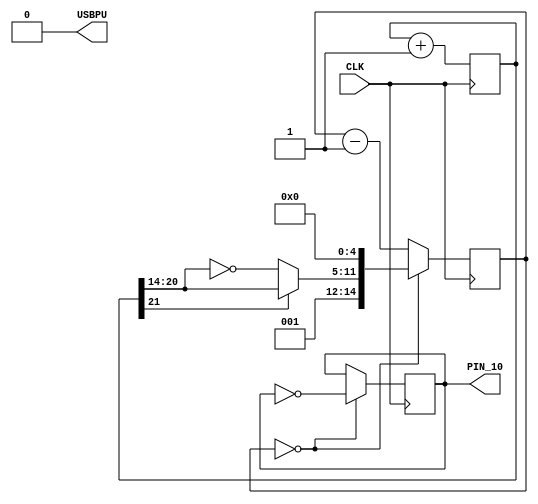
module music (
  input CLK,
  output PIN_10,
  output USBPU  // USB pull-up resistor
  );
// drive USB pull-up resistor to '0' to disable USB
assign USBPU = 0;

reg [21:0] tone;
always @ ( posedge CLK ) begin
  tone <= tone + 1;
end

wire [6:0] ramp = (tone[21] ? tone[20:14] : ~tone[20:14]);
wire [14:0] clkdivider = {3'b001,ramp,5'b00000};

reg [14:0] music_counter;
always @(posedge CLK) begin
  if (music_counter==0) music_counter <= clkdivider;
  else music_counter <= music_counter-1;
end

reg PIN_10;
always @ (posedge CLK) begin
  if (music_counter == 0) PIN_10 <= ~PIN_10;
end


endmodule